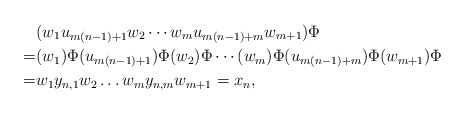
\begin{align*}& (w_1u_{m(n-1)+1}w_2\cdots w_mu_{m(n-1)+m}w_{m+1})\Phi \\= & (w_1)\Phi(u_{m(n-1)+1})\Phi (w_2)\Phi\cdots (w_m)\Phi (u_{m(n-1)+m})\Phi (w_{m+1})\Phi\\= & w_1 y_{n,1}w_2\dots w_m y_{n,m}w_{m+1}=x_n,\end{align*}